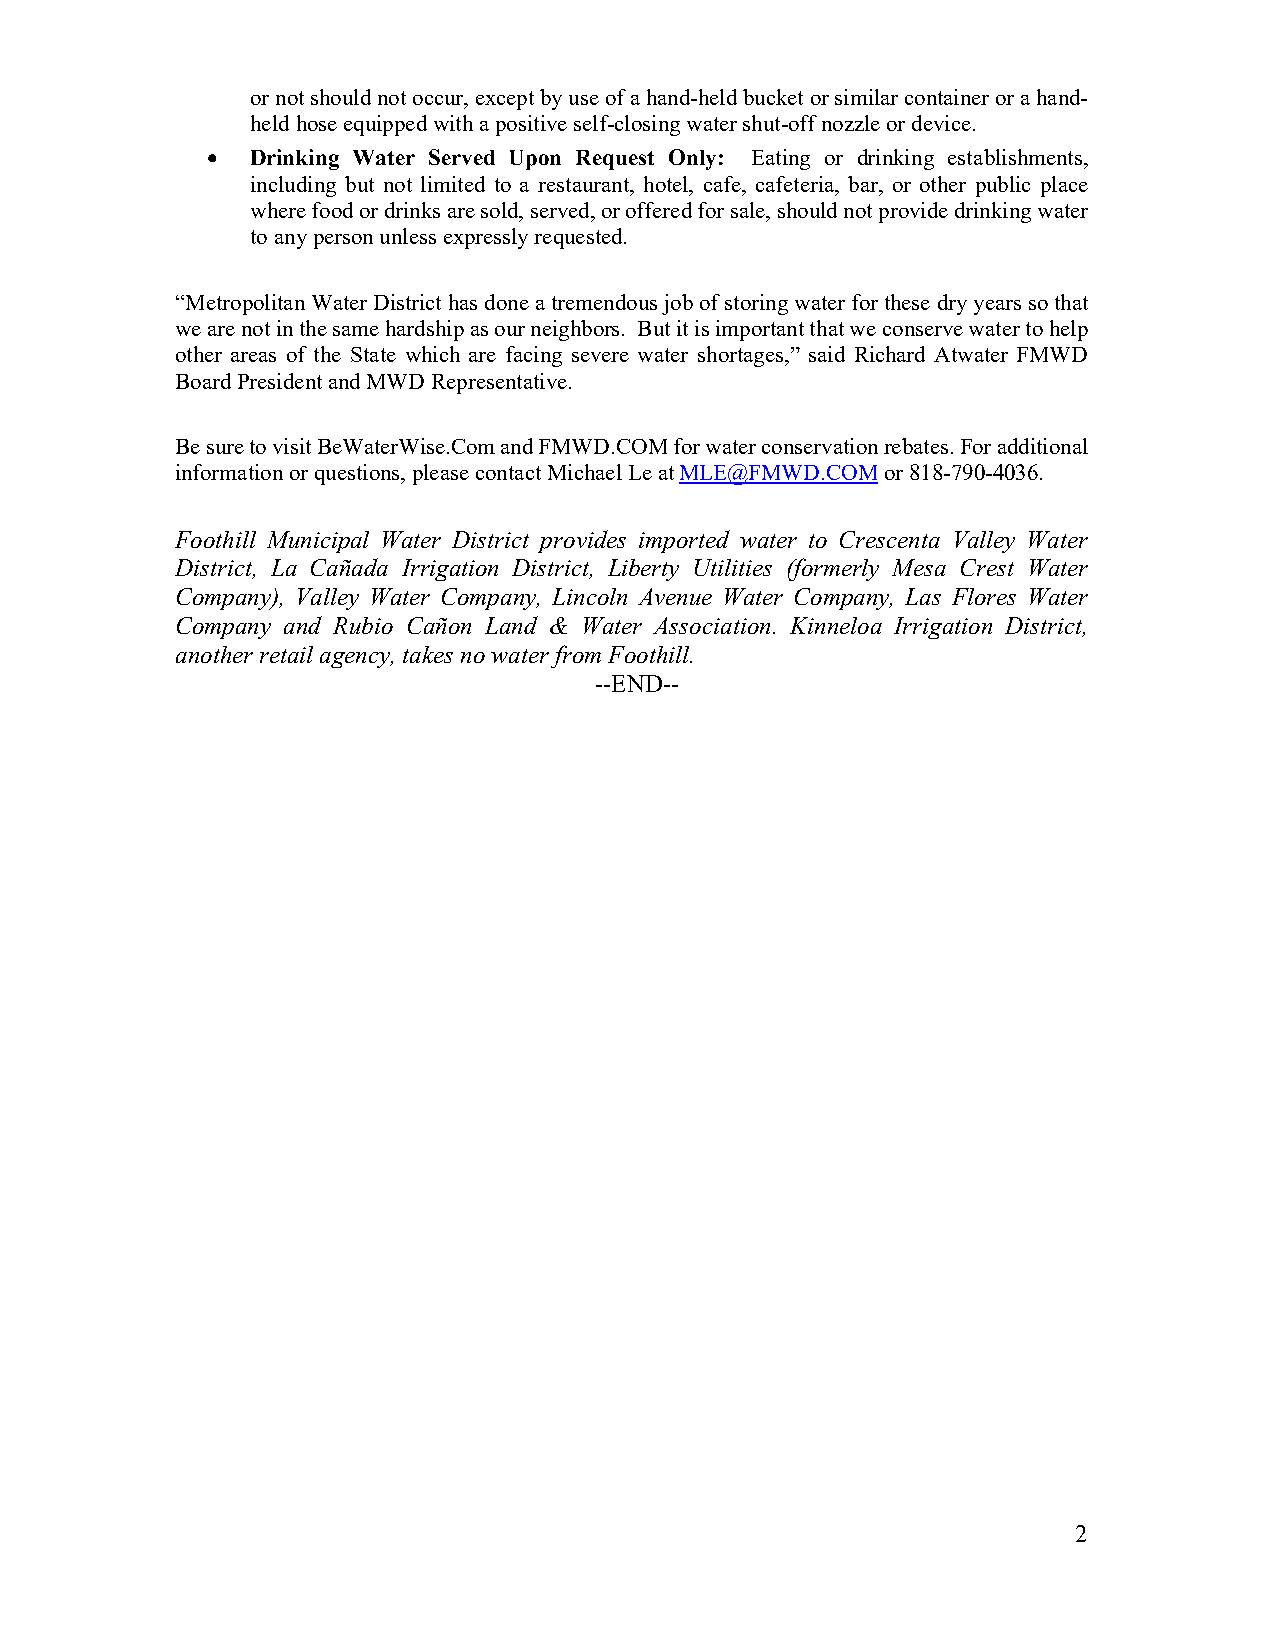
or not should not occur, except by use of a hand-held bucket or similar container or a hand-
 held hose equipped with a positive self-closing water shut-off nozzle or device.
 •  Drinking Water Served Upon Request Only: Eating or drinking establishments,
 including but not limited to a restaurant, hotel, cafe, cafeteria, bar, or other public place
 where food or drinks are sold, served, or offered for sale, should not provide drinking water
 to any person unless expressly requested.
 “Metropolitan Water District has done a tremendous job of storing water for these dry years so that
 we are not in the same hardship as our neighbors. But it is important that we conserve water to help
 other areas of the State which are facing severe water shortages,” said Richard Atwater FMWD
 Board President and MWD Representative.
 Be sure to visit BeWaterWise.Com and FMWD.COM for water conservation rebates. For additional
 information or questions, please contact Michael Le at MLE@FMWD.COM or 818-790-4036.
 Foothill Municipal Water District provides imported water to Crescenta Valley Water
 District, La Cañada Irrigation District, Liberty Utilities (formerly Mesa Crest Water
 Company), Valley Water Company, Lincoln Avenue Water Company, Las Flores Water
 Company and Rubio Cañon Land & Water Association. Kinneloa Irrigation District,
 another retail agency, takes no water from Foothill.
 --END--
 2